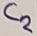
Text: C2